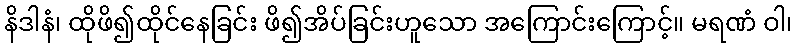
နိဒါနံ၊ ထိုဖိ၍ထိုင်နေခြင်း ဖိ၍အိပ်ခြင်းဟူသော အကြောင်းကြောင့်။ မရဏံ ဝါ၊